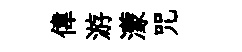
偉游濛咒